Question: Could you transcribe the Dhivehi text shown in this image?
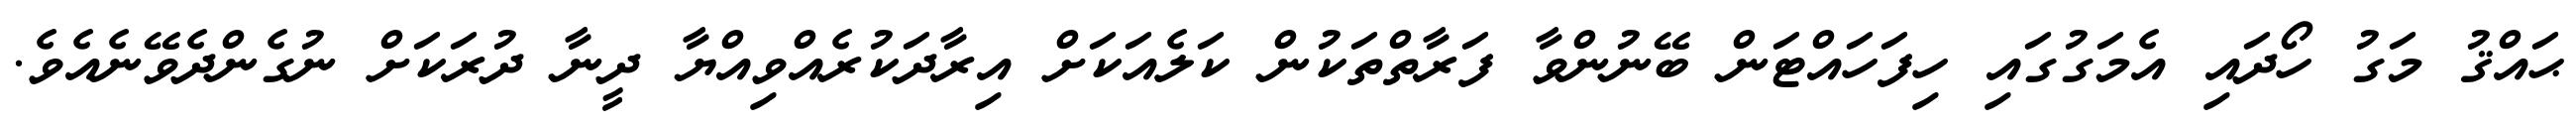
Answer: ޙައްޤު މަގު ހޯދައި އެމަގުގައި ހިފަހައްޓަން ބޭނުންވާ ފަރާތްތަކުން ކަލެއަކަށް އިރާދަކުރެއްވިއްޔާ ދީނާ ދުރަކަށް ނުގެންދެވޭނެއެވެ.